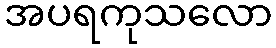
အပရကုသလော